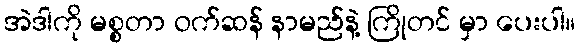
အဲဒါကို မစ္စတာ ဝက်ဆန် နာမည်နဲ့ ကြိုတင် မှာ ပေးပါ။